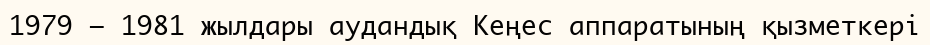
1979 – 1981 жылдары аудандық Кеңес аппаратының қызметкері